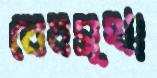
বেবস্থা